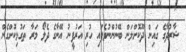
ޝާރުދާގެ ގައިން ދޫކޮށްލަން ބޭނުންނުވެފައި ހުރި އަރުފީނު އޭނާގެ ދެލޯ މަރާ ތަގުޅިކޮށްގެން